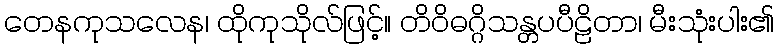
တေနကုသလေန၊ ထိုကုသိုလ်ဖြင့်။ တိဝိဓဂ္ဂိသန္တပပီဠိတာ၊ မီးသုံးပါး၏